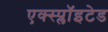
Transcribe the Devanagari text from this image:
एक्स्प्लाॅइटेड